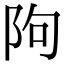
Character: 䧁